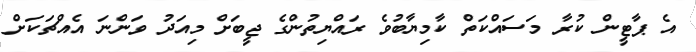
އެ ޕާޓީން ކުރާ މަސައްކަތް ކާމިޔާބުވެ ރައްޔިތުންގެ ޖީބަށް މިއަދު ވަންނަ އެއްޗަކަށް